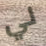
لي